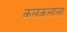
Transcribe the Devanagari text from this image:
कलकत्ताला